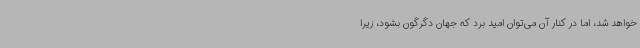
خواهد شد، اما در کنار آن می‌توان امید برد که جهان دگرگون بشود، زیرا